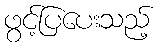
ဖွင့်ပြပေးသည့်